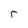
Character: r